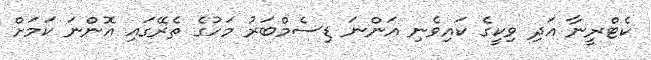
ކެޓްރީނާ އަދި ވިކީގެ ކައިވެނި އަންނަ ޑިސެމްބަރު މަހުގެ ތެރޭގައި އޮންނަ ކަމަށް